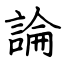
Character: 論